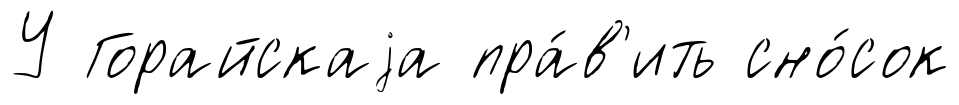
У Горайскаjа пра́в'ить сно́сок